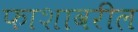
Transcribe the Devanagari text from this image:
फाशावरील